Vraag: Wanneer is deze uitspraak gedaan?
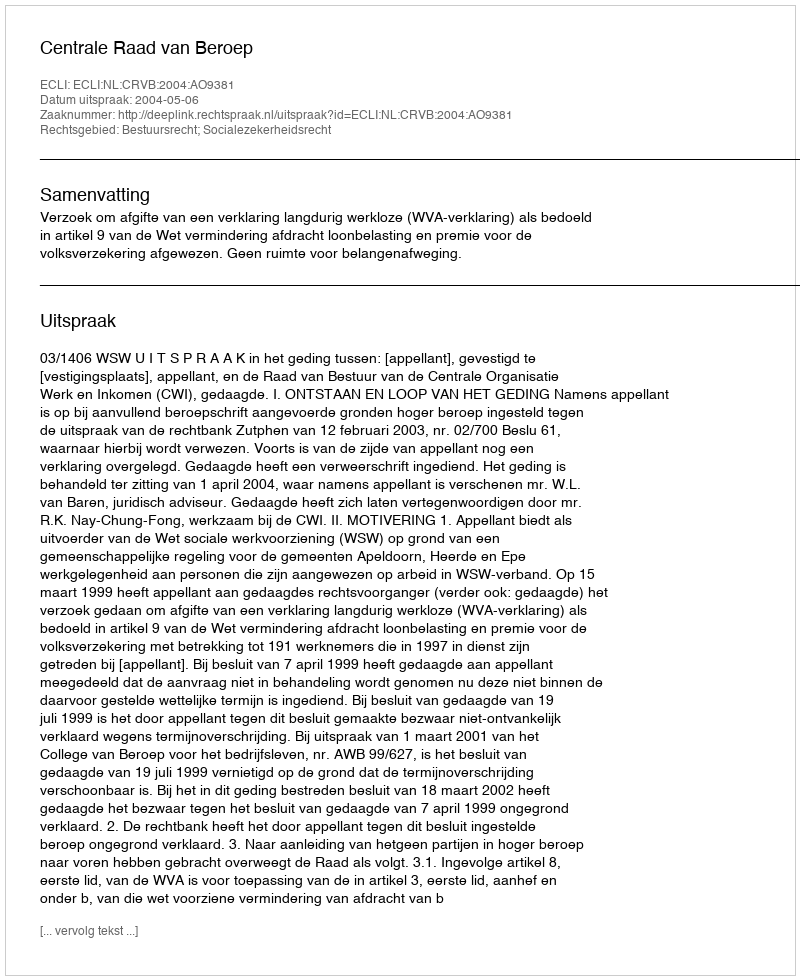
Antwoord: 2004-05-06